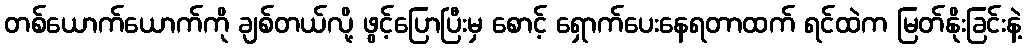
တစ်ယောက်ယောက်ကို ချစ်တယ်လို့ ဖွင့်ပြောပြီးမှ စောင့် ရှောက်ပေးနေရတာထက် ရင်ထဲက မြတ်နိုးခြင်းနဲ့